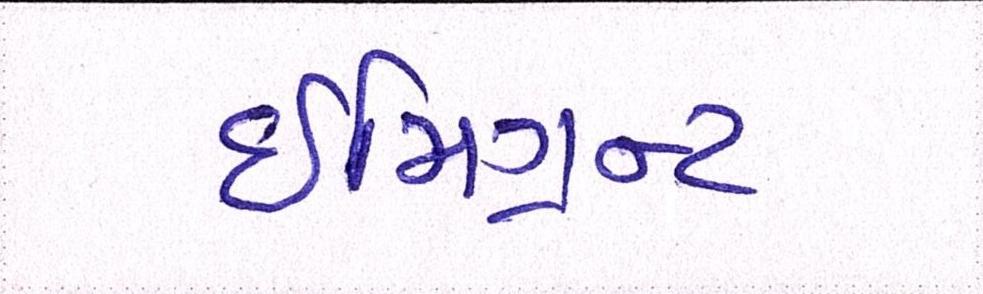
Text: ઈમિગ્રન્ટ